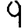
Digit: 9